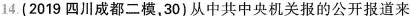
14(2019四川成都二模，30)从中共中央机关报的公开报道来